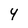
Character: 4